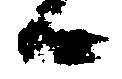
候